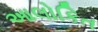
આલોકિત